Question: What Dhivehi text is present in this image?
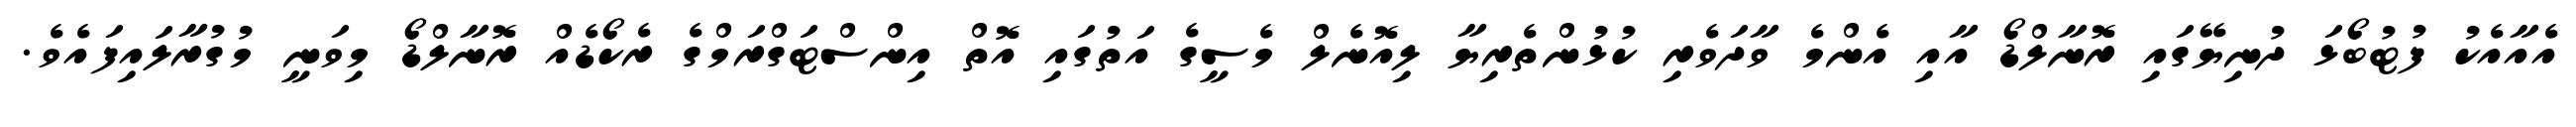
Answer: އެއާއެކު ފުޓުބޯޅަ ދުނިޔޭގައި ރޮނާލްޑޯ އާއި އެންމެ ވާދަވެރި ކުޅުންތެރިޔާ ލިއޮނެލް މެސީގެ އަތުގައި އޮތް އިންސްޓަގްރަމްގެ ރެކޯޑެއް ރޮނާލްޑޯ މިވަނީ މުގުރާލައިފައެވެ.